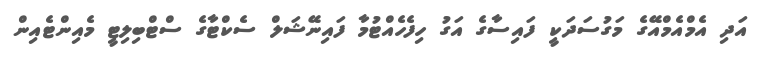
އަދި އެމްއެމްއޭގެ މަގުސަދަކީ ފައިސާގެ އަގު ހިފެހެއްޓުމާ ފައިނޭޝަލް ސެކްޓާގެ ސްޓްބިލިޓީ މެއިންޓެއިން